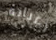
رغباته